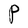
Character: P